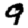
Digit: 9